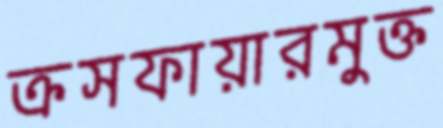
ক্রসফায়ারমুক্ত